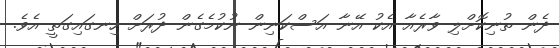
ދެން ތުނިކޮށްލި ވާރެއާ އެކު އޭނާ އަސްކަނިން ނުކުމެގެން ދުރަށް ހިނގައިގަތީ އެވެ.